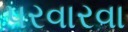
પરવારવા